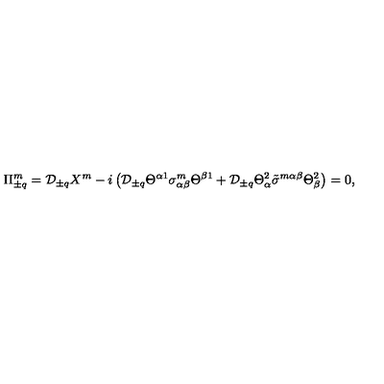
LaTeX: \Pi _ { \pm q } ^ { m } = { \cal D } _ { \pm q } X ^ { m } - i \left( { \cal D } _ { \pm q } \Theta ^ { \alpha 1 } \sigma _ { \alpha \beta } ^ { m } \Theta ^ { \beta 1 } + { \cal D } _ { \pm q } \Theta _ { \alpha } ^ { 2 } \tilde { \sigma } ^ { m \alpha \beta } \Theta _ { \beta } ^ { 2 } \right) = 0 ,